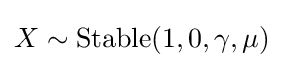
X\sim {\textrm {Stable}}(1,0,\gamma ,\mu )